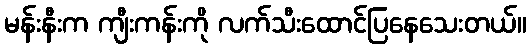
မန်းနီးက ကျီးကန်းကို လက်သီးထောင်ပြနေသေးတယ်။